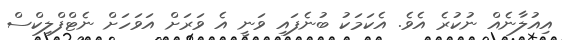
އިއުލާނެއް ނުކުރެ އެވެ. އެކަމަކު ބުނެފައި ވަނީ އެ ވަރަށް އަވަހަށް ނެޓްފްލިކްސް